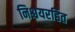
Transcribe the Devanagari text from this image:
निश्चयरहित